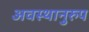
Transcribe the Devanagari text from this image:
अवस्थानुरुप